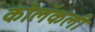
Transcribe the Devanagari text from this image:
कोलॅकली